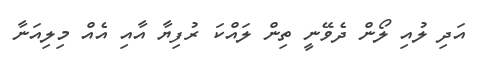
އަދި ލުއި ލޯން ދެވޭނީ ތިން ލައްކަ ރުފިޔާ އާއި އެއް މިލިއަނާ